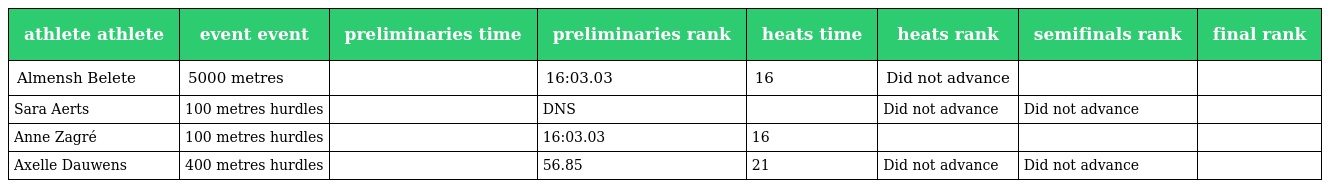
| athlete athlete | event event | preliminaries time | preliminaries rank | heats time | heats rank | semifinals rank | final rank |
 | --- | --- | --- | --- | --- | --- | --- | --- |
 | Almensh Belete | 5000 metres |  | 16:03.03 | 16 | Did not advance |  |  |
 | Sara Aerts | 100 metres hurdles |  | DNS |  | Did not advance | Did not advance |  |
 | Anne Zagré | 100 metres hurdles |  | 16:03.03 | 16 |  |  |  |
 | Axelle Dauwens | 400 metres hurdles |  | 56.85 | 21 | Did not advance | Did not advance |  |